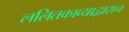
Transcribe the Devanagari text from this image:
ललितकाव्याद्वाराच